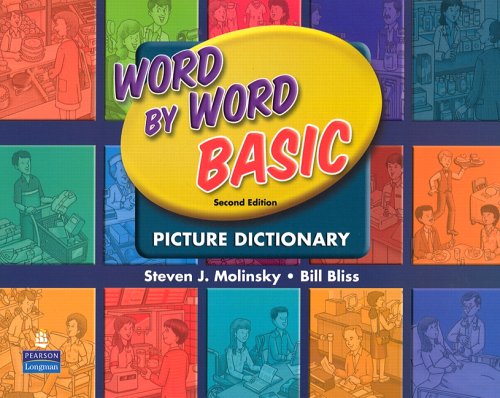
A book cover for Word by Word Basic Picture Dictionary (2nd Edition); Steven J. Molinsky; Reference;